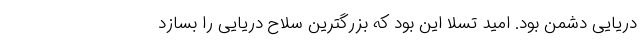
دریایی دشمن بود. امید تسلا این بود که بزرگترین سلاح دریایی را بسازد